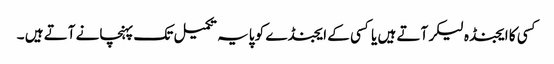
کسی کا ایجنڈہ لیکر آتے ہیں یا کسی کے ایجنڈے کو پایہ تکمیل تک پہنچانے آتے ہیں ۔